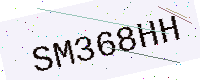
Text: SM368HH